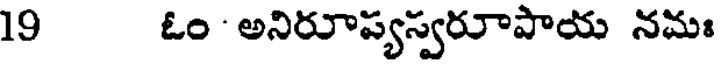
19 ఓం అనిరూప్యస్వరూపాయ నమః